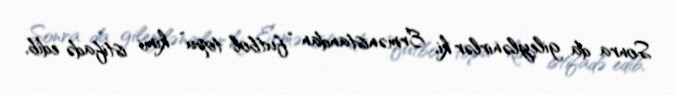
Sonra da gileylənirlər ki, Ermənistandan “futbol topu” kimi istifadə edib,